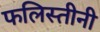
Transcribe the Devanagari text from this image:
फलिस्तीनी